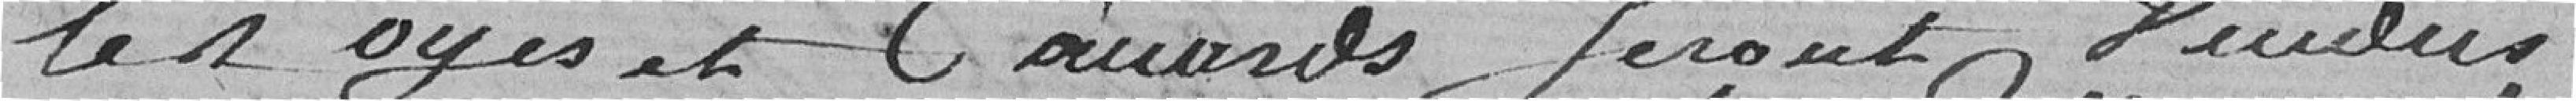
les oies et canards seront vendus